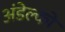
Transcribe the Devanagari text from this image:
अंडेल्को